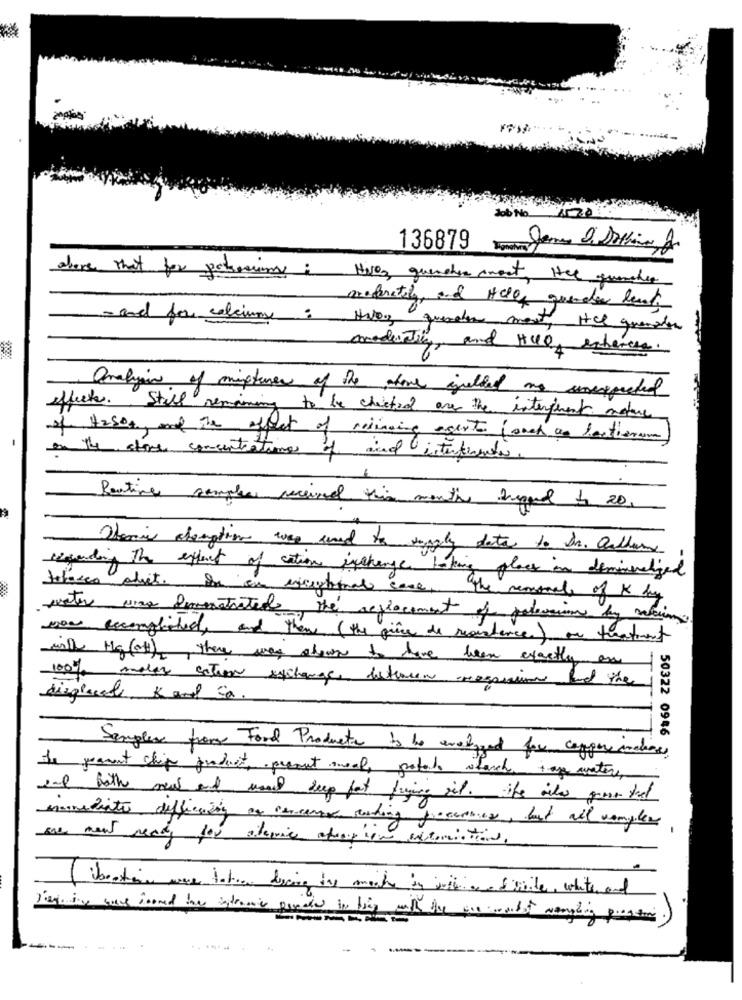
Job No.
136879
above that for petsescamas: NISO, quencher aneet, Her quencher
maderatil, and Hele, querder least
- and for calcium: HNO queder ment, HCL quemador
modustil, and HUO enhercea.
Onalyan of mistures of the above igualdad ans sonexpected
effects. Still remaining to be checked are the interprent motore
of H2SO4, and The effect of reining agent (auch as leatheram
on the stone concentrations of and interferenti.
Poutine samples received this month prepared to 20,
Tenia aberation was and to supply data to dr. callum
regarding the extent of cation exchange taking place in demineralized
tobacco aliet. in an exceptional case, the reasonals of & by
water was demonstrated the replacement of pelosion by mein
wow excerptited, and then (the price de resistance) on treatment
will Mg (of) there was shown to have been exactly an
100% maler action exchange detwaren mesinin and the
displaced, 5 and Sa.
50322 0946 3
Samples from Food Products to ho evelogged for cappers inchas,
The pramet chip product, preout meal, potato starch tap water,
snl both new and used deep fat frying oil. the vila gron that
manudiante difficein ar concarne reading proseries, but all vangiles
one ment ready for atomic apropion extomiations.
( ibertin were totier ducing dos morte is inchiaro & site, white and